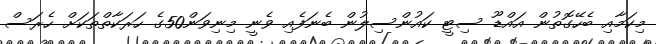
މިކަމާއި ބެހޭގޮތުން އައްޑޫ ސިޓީ ކައުންސިލުން ބެނަފެއި ވެނީ މިނިވަން50ގެ ހަރަކާތްތަކަށް ހެރަސް